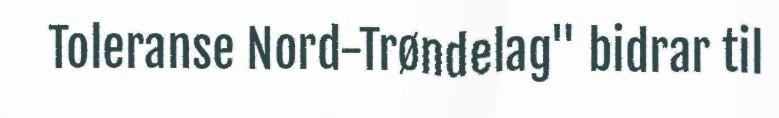
Toleranse Nord-Trøndelag" bidrar til